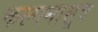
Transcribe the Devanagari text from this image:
कल्पनासूत्र